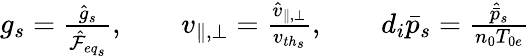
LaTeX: \begin{array}{r}{g_{s}=\frac{\hat{g}_{s}}{\hat{\mathcal{F}}_{{eq}_{s}}},\qquad v_{\parallel,\perp}=\frac{\hat{v}_{\parallel,\perp}}{v_{{th}_{s}}},\qquad d_{i}\bar{p}_{s}=\frac{\hat{\bar{p}}_{s}}{n_{0}T_{0e}}}\end{array}